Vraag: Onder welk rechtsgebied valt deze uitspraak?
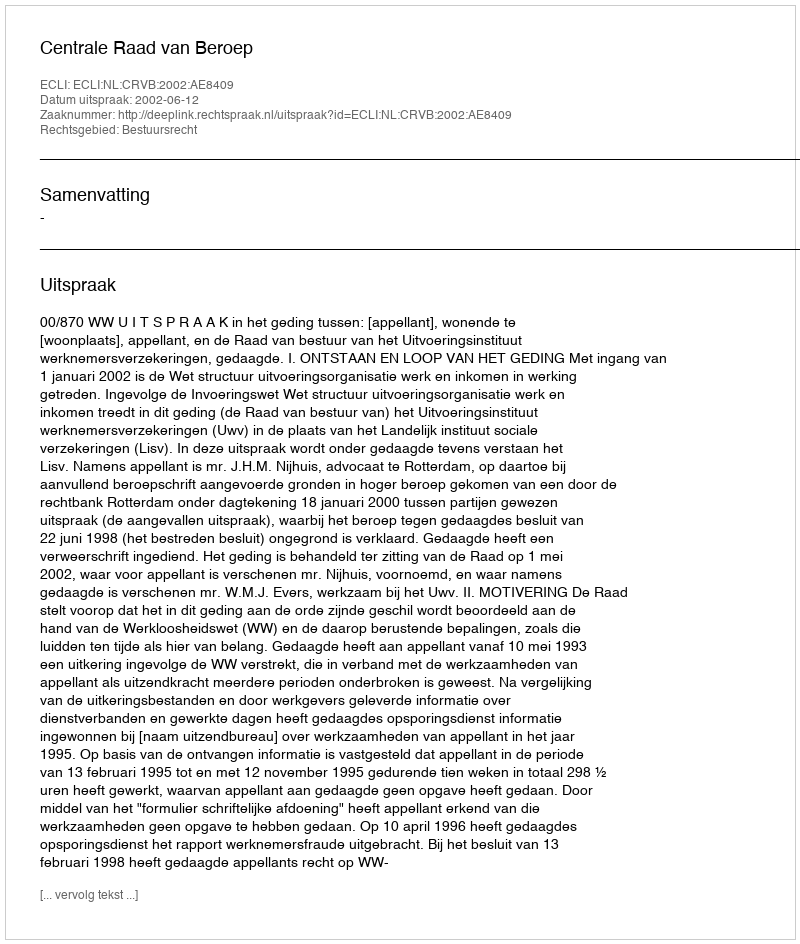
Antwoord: Bestuursrecht